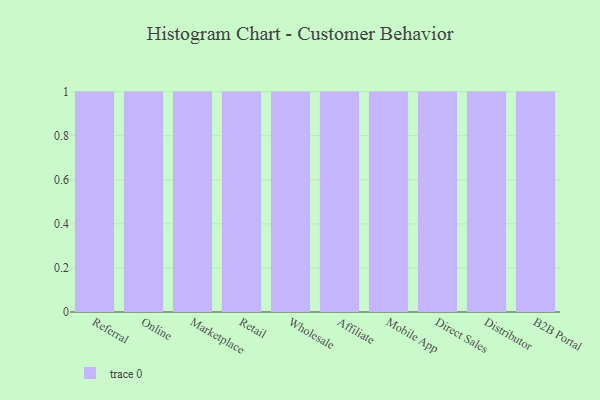
{"axis": {"x": "Channel", "y": "Energy Usage (MWh)"}, "legend": [""], "data": [{"x": "Referral", "y": 20, "type": ""}, {"x": "Online", "y": 68, "type": ""}, {"x": "Marketplace", "y": 55, "type": ""}, {"x": "Retail", "y": 57, "type": ""}, {"x": "Wholesale", "y": 44, "type": ""}, {"x": "Affiliate", "y": 100, "type": ""}, {"x": "Mobile App", "y": 15, "type": ""}, {"x": "Direct Sales", "y": 13, "type": ""}, {"x": "Distributor", "y": 7, "type": ""}, {"x": "B2B Portal", "y": 96, "type": ""}]}